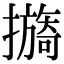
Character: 𢷔